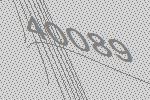
40089